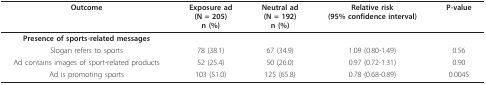
| Outcome | Exposure ad(N = 205)n (%) | Neutral ad(N = 192)n (%) | Relative risk(95% confidence interval) | P-value |
 | --- | --- | --- | --- | --- |
 | Presence of sports-related messages |  |  |  |  |
 | Slogan refers to sports | 78 (38.1) | 67 (34.9) | 1.09 (0.80-1.49) | 0.56 |
 | Ad contains images of sport-related products | 52 (25.4) | 50 (26.0) | 0.97 (0.72-1.31) | 0.90 |
 | Ad is promoting sports | 103 (51.0) | 125 (65.8) | 0.78 (0.68-0.89) | 0.0045 |